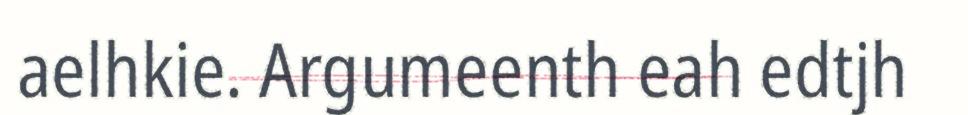
aelhkie. Argumeenth eah edtjh